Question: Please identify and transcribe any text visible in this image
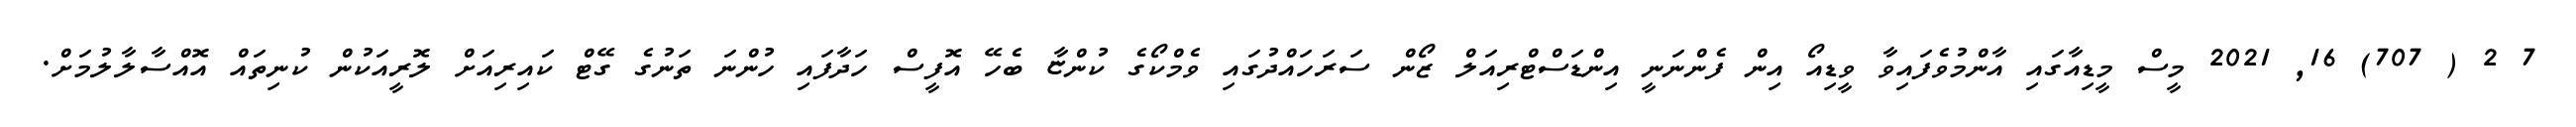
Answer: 7 2 ( 707) 16, 2021 މީސް މީޑިއާގައި އާންމުވެފައިވާ ވީޑިއޯ އިން ފެންނަނީ އިންޑަސްޓްރިއަލް ޒޯން ސަރަހައްދުގައި ވެމްކޯގެ ކުންޏާ ބެހޭ އޮފީސް ހަދާފައި ހުންނަ ތަނުގެ ގޭޓް ކައިރިއަށް ލޮރީއަކުން ކުނިތައް އޮއްސާލާލުމަށް.